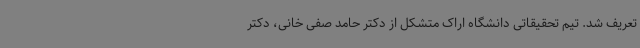
تعریف شد. تیم تحقیقاتی دانشگاه اراک متشکل از دکتر حامد صفی خانی، دکتر